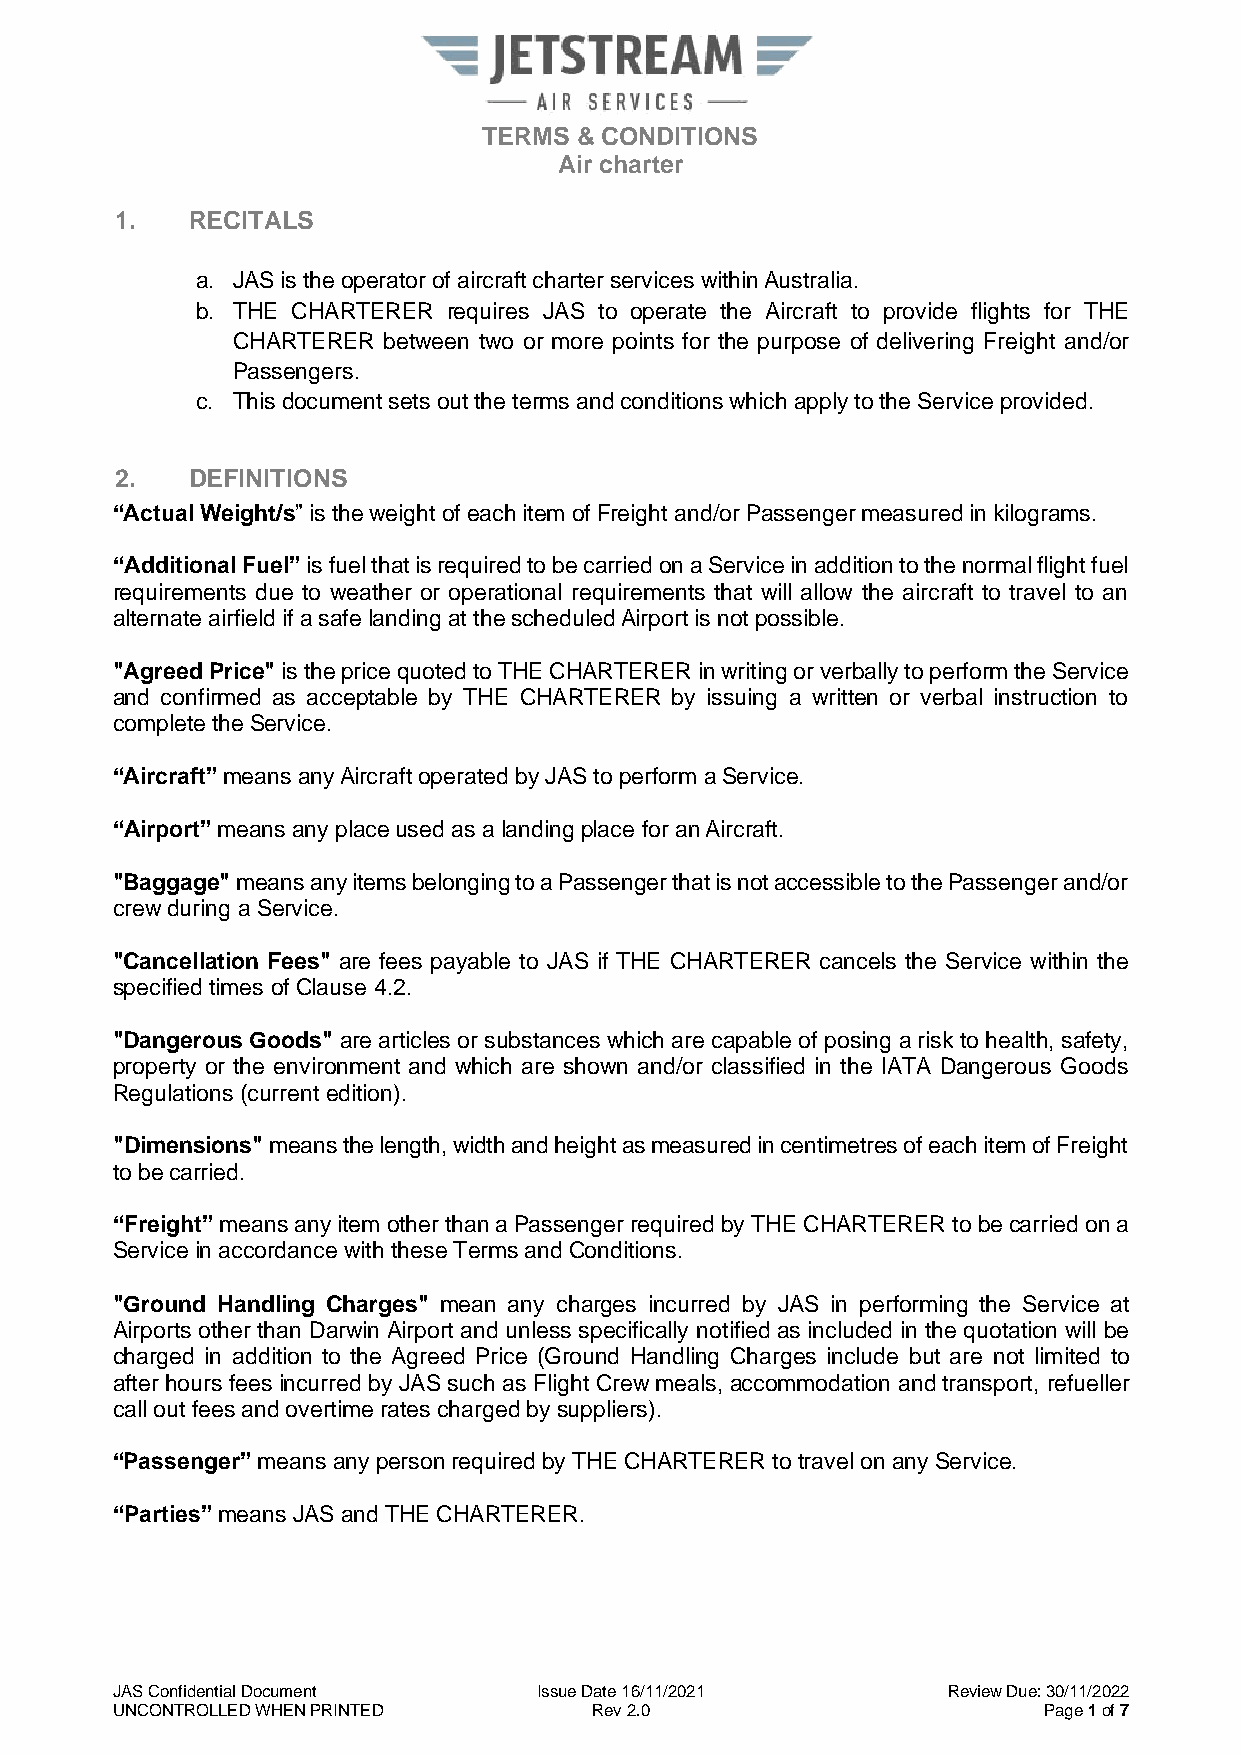
TERMS & CONDITIONS
 Air charter
 1.  RECITALS
 a. JAS is the operator of aircraft charter services within Australia.
 b. THE CHARTERER requires JAS to operate the Aircraft to provide flights for THE
 CHARTERER between two or more points for the purpose of delivering Freight and/or
 Passengers.
 c. This document sets out the terms and conditions which apply to the Service provided.
 2.  DEFINITIONS
 “Actual Weight/s” is the weight of each item of Freight and/or Passenger measured in kilograms.
 “Additional Fuel” is fuel that is required to be carried on a Service in addition to the normal flight fuel
 requirements due to weather or operational requirements that will allow the aircraft to travel to an
 alternate airfield if a safe landing at the scheduled Airport is not possible.
 "Agreed Price" is the price quoted to THE CHARTERER in writing or verbally to perform the Service
 and confirmed as acceptable by THE CHARTERER by issuing a written or verbal instruction to
 complete the Service.
 “Aircraft” means any Aircraft operated by JAS to perform a Service.
 “Airport” means any place used as a landing place for an Aircraft.
 "Baggage" means any items belonging to a Passenger that is not accessible to the Passenger and/or
 crew during a Service.
 "Cancellation Fees" are fees payable to JAS if THE CHARTERER cancels the Service within the
 specified times of Clause 4.2.
 "Dangerous Goods" are articles or substances which are capable of posing a risk to health, safety,
 property or the environment and which are shown and/or classified in the IATA Dangerous Goods
 Regulations (current edition).
 "Dimensions" means the length, width and height as measured in centimetres of each item of Freight
 to be carried.
 “Freight” means any item other than a Passenger required by THE CHARTERER to be carried on a
 Service in accordance with these Terms and Conditions.
 "Ground Handling Charges" mean any charges incurred by JAS in performing the Service at
 Airports other than Darwin Airport and unless specifically notified as included in the quotation will be
 charged in addition to the Agreed Price (Ground Handling Charges include but are not limited to
 after hours fees incurred by JAS such as Flight Crew meals, accommodation and transport, refueller
 call out fees and overtime rates charged by suppliers).
 “Passenger” means any person required by THE CHARTERER to travel on any Service.
 “Parties” means JAS and THE CHARTERER.
 JAS Confidential Document    Issue Date 16/11/2021      Review Due: 30/11/2022
 UNCONTROLLED WHEN PRINTED       Rev 2.0                       Page 1 of 7